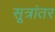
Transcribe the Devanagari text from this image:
सूत्रांतर